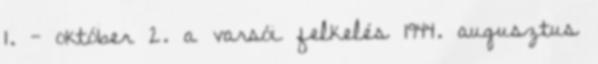
1. - október 2. a varsói felkelés 1944. augusztus